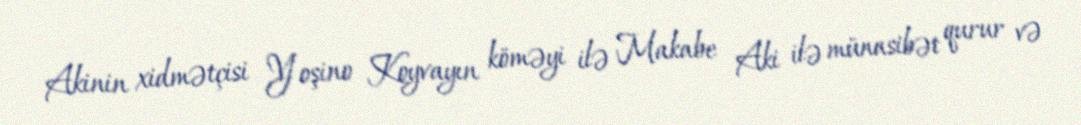
Akinin xidmətçisi Yoşino Koyvayın köməyi ilə Makabe Aki ilə münasibət qurur və